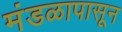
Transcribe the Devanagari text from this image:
मंडळापासून